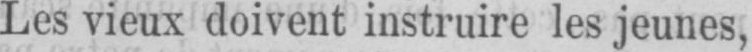
Les vieux doivent instruire les jeunes,